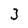
Character: 3